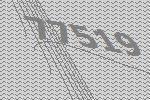
77519